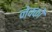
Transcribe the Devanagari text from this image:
नेक्को